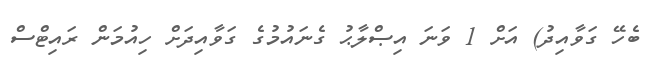
ބެހޭ ގަވާއިދު) އަށް 1 ވަނަ އިޞްލާޙު ގެނައުމުގެ ގަވާއިދަށް ހިއުމަން ރައިޓްސް